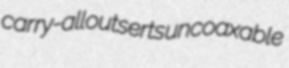
carry-all outserts uncoaxable